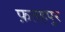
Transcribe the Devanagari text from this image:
फ़तहपुर